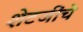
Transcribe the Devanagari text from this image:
शेटजींचे